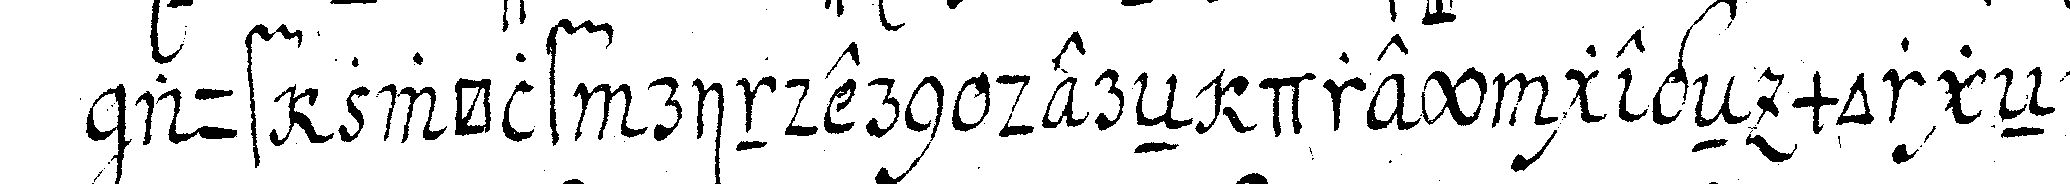
auf zwölf rindern dereN drey gegeN morgeN